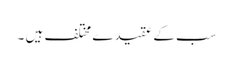
سب کے عقیدے مختلف ہیں ۔